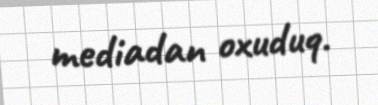
mediadan oxuduq.